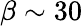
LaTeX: \beta\sim 30